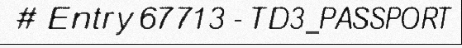
# Entry 67713 - TD3_PASSPORT